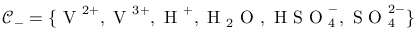
\mathcal { C } _ { - } = \{ \mathrm { ~ V ~ } ^ { 2 + } , \mathrm { ~ V ~ } ^ { 3 + } , \mathrm { ~ H ~ } ^ { + } , \mathrm { ~ H ~ } _ { 2 } \mathrm { ~ O ~ } , \mathrm { ~ H ~ S ~ O ~ } _ { 4 } ^ { - } , \mathrm { ~ S ~ O ~ } _ { 4 } ^ { 2 - } \}